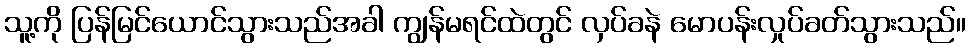
သူ့ကို ပြန်မြင်ယောင်သွားသည်အခါ ကျွန်မရင်ထဲတွင် လှပ်ခနဲ မောပန်းလှုပ်ခတ်သွားသည်။